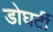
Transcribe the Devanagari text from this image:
डोघर्टी